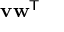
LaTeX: \mathbf { v } \mathbf { w } ^ { \mathsf { T } }